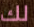
لك